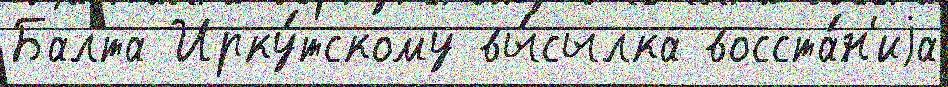
Балта Ирку́тскому вы́сылка восста́н'иjа